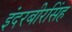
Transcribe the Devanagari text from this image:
इंदरबीरसिंह